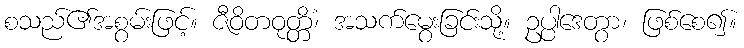
စသည်၏အစွမ်းဖြင့်။ ဇီဝိတဝုတ္တိံ၊ အသက်မွေးခြင်းသို့။ ဥပ္ပါဒေတွာ၊ ဖြစ်စေ၍။